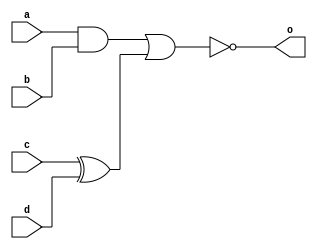
module combo2 (
    input a, b, c, d,
    output reg o);

    always @ (a or b or c or d) begin
        o <= ~((a & b) | (c ^ d));
    end
endmodule

module test;
    reg a, b, c, d;
    wire o;
    integer k;
   
    combo2 u0 ( .a(a), .b(b), .c(c), .d(d), .o(o));
   
    initial begin
   
        a <= 0;
        b <= 0;
        c <= 0;
        d <= 0;

        $monitor ("a=%0b b=%0b c=%0b d=%0b o=%0b", a, b, c, d, o);
        $dumpfile("comb.vcd");
        $dumpvars(0, test);
   
        for (k = 0; k < 16; k = k + 1) begin
            {a, b, c, d} = k;
            #10;
        end
    end
endmodule